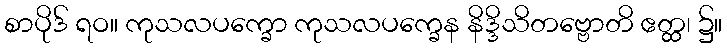
စာပိုဒ် ရဝ။ ကုသလပက္ခော ကုသလပက္ခေန နိဒ္ဒိသိတဗ္ဗောတိ ဧတ္ထ၊ ၌။